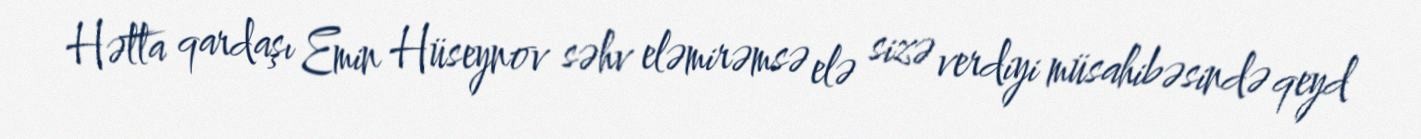
Hətta qardaşı Emin Hüseynov səhv eləmirəmsə elə sizə verdiyi müsahibəsində qeyd